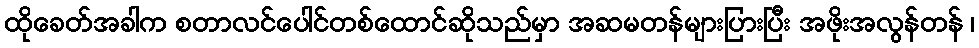
ထိုခေတ်အခါက စတာလင်ပေါင်တစ်ထောင်ဆိုသည်မှာ အဆမတန်များပြားပြီး အဖိုးအလွန်တန် ၊